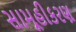
સામૂહીકરણ